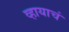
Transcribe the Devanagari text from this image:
व्हायाचं